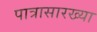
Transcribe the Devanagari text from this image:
पात्रासारख्या